Report of the veterinary officer investigating camel disease
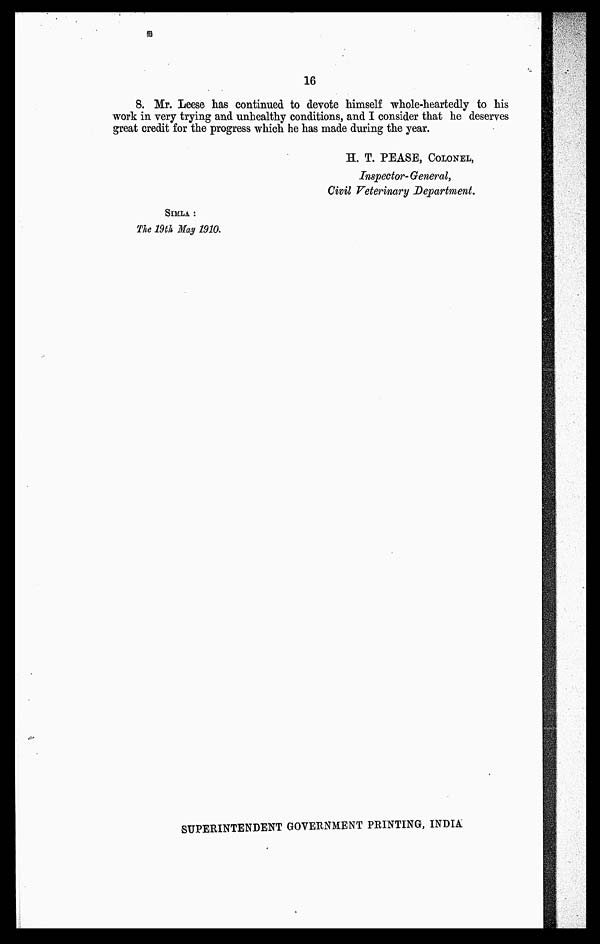
16
8. Mr. Leese has continued to devote himself whole-heartedly to his
work in very trying and unhealthy conditions, and I consider that he deserves
great credit for the progress which he has made during the year.
H. T. PEASE, COLONEL,
Inspector- General,
Civil Veterinary Department.
SIMLA :
The 19th May 1910.
SUPERINTENDENT GOVERNMENT PRINTING, INDIA